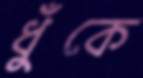
ধুঁকে